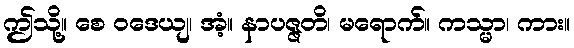
ဤသို့။ စေ ဝဒေယျ၊ အံ့။ နာပဇ္ဇတိ၊ မရောက်။ ကသ္မာ၊ ကား။